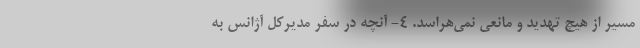
مسیر از هیچ تهدید و مانعی نمی‌هراسد. ۴- آنچه در سفر مدیرکل آژانس به